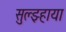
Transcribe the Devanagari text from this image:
सुल्झ्हाया